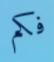
فكم